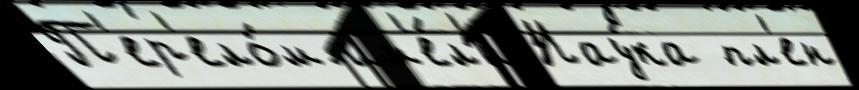
П'ер'ело́м им'е́л'и Нау́ка пл'ен